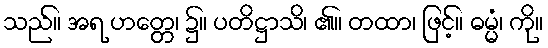
သည်။ အရ ဟတ္တေ၊ ၌။ ပတိဋ္ဌာသိ၊ ၏။ တထာ၊ ဖြင့်။ ဓမ္မံ၊ ကို။